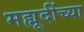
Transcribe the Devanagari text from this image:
मह्मूदींच्या